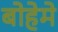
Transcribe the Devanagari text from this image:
बोहेमे